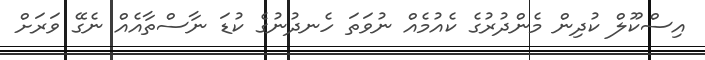
އިސްކޫލް ކުދިން މެންދުރުގެ ކެއުމެއް ނުވަތަ ހެނދުނުގެ ކުޑަ ނާސްތާއެއް ނެގޭ ވަރަށް